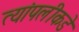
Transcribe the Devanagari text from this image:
त्यांपलीकडे